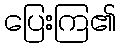
ပြေးကြ၏